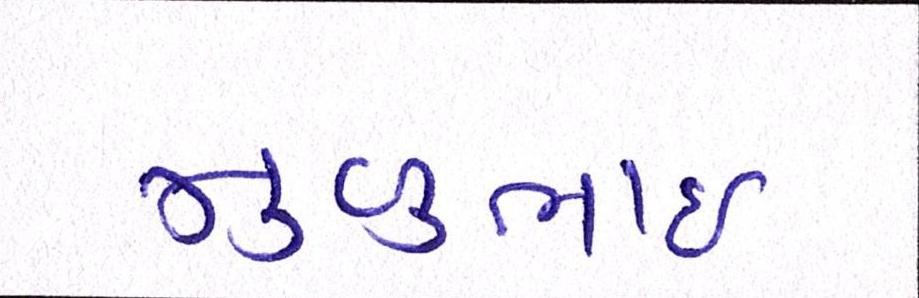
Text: મુળુભાઇ